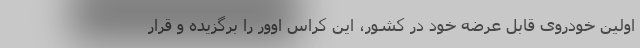
اولین خودروی قابل عرضه خود در کشور، این کراس اوور را برگزیده و قرار